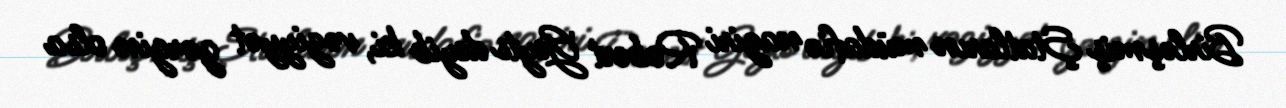
Birləşmiş Ştatların müdafiə naziri Robert Geyts deyib ki, vəziyyət gərgin olsa